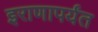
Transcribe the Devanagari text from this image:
इराणापर्यंत